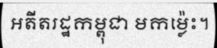
អតីតរដ្ឋកម្ពុជា មកម្ល៉េះ។